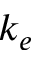
k _ { e }